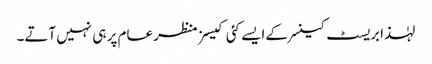
لہٰذا بریسٹ کینسر کے ایسے کئی کیسز منظر عام پر ہی نہیں آتے۔